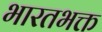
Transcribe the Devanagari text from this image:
भारतभक्त